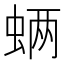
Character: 𮔊